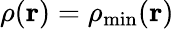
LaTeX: \rho({\mathbf r})=\rho_{\mathrm{min}}({\mathbf r})